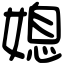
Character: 媳